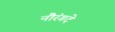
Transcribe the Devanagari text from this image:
नौरंगदे